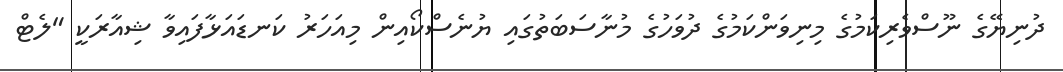
ދުނިޔޭގެ ނޫސްވެރިކަމުގެ މިނިވަންކަމުގެ ދުވަހުގެ މުނާސަބަތުގައި ޔުނެސްކޯއިން މިއަހަރު ކަނޑައަޅާފައިވާ ޝިއާރަކީ "ލެޓް